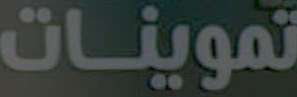
تموينات